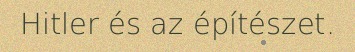
Hitler és az építészet.